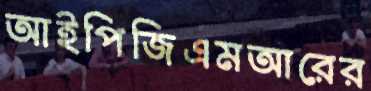
আইপিজিএমআরের